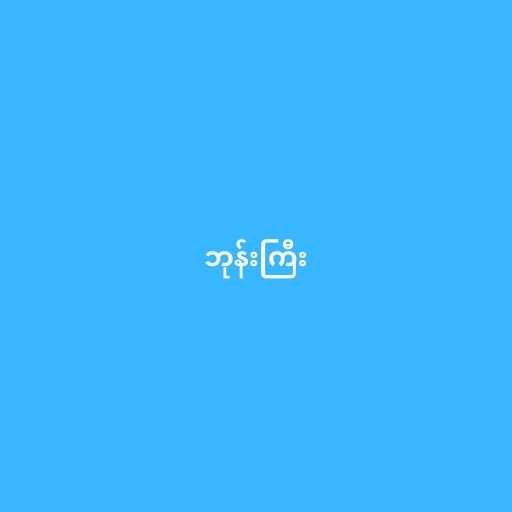
ဘုန်းကြီး